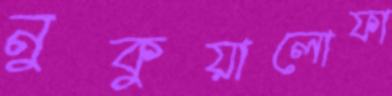
নুকুয়ালোফা